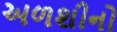
અળશીનો